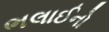
ભલાઈનો